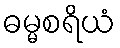
ဓမ္မစရိယံ